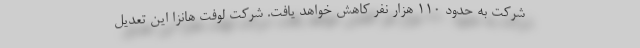
شرکت به حدود ۱۱۰ هزار نفر کاهش خواهد یافت. شرکت لوفت هانزا این تعدیل